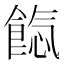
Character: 𩜐